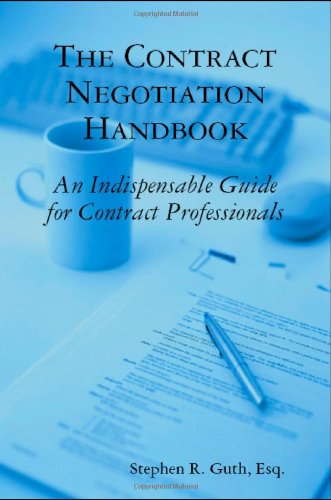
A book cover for The Contract Negotiation Handbook: An Indispensable Guide for Contract Professionals; Stephen Guth; Law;